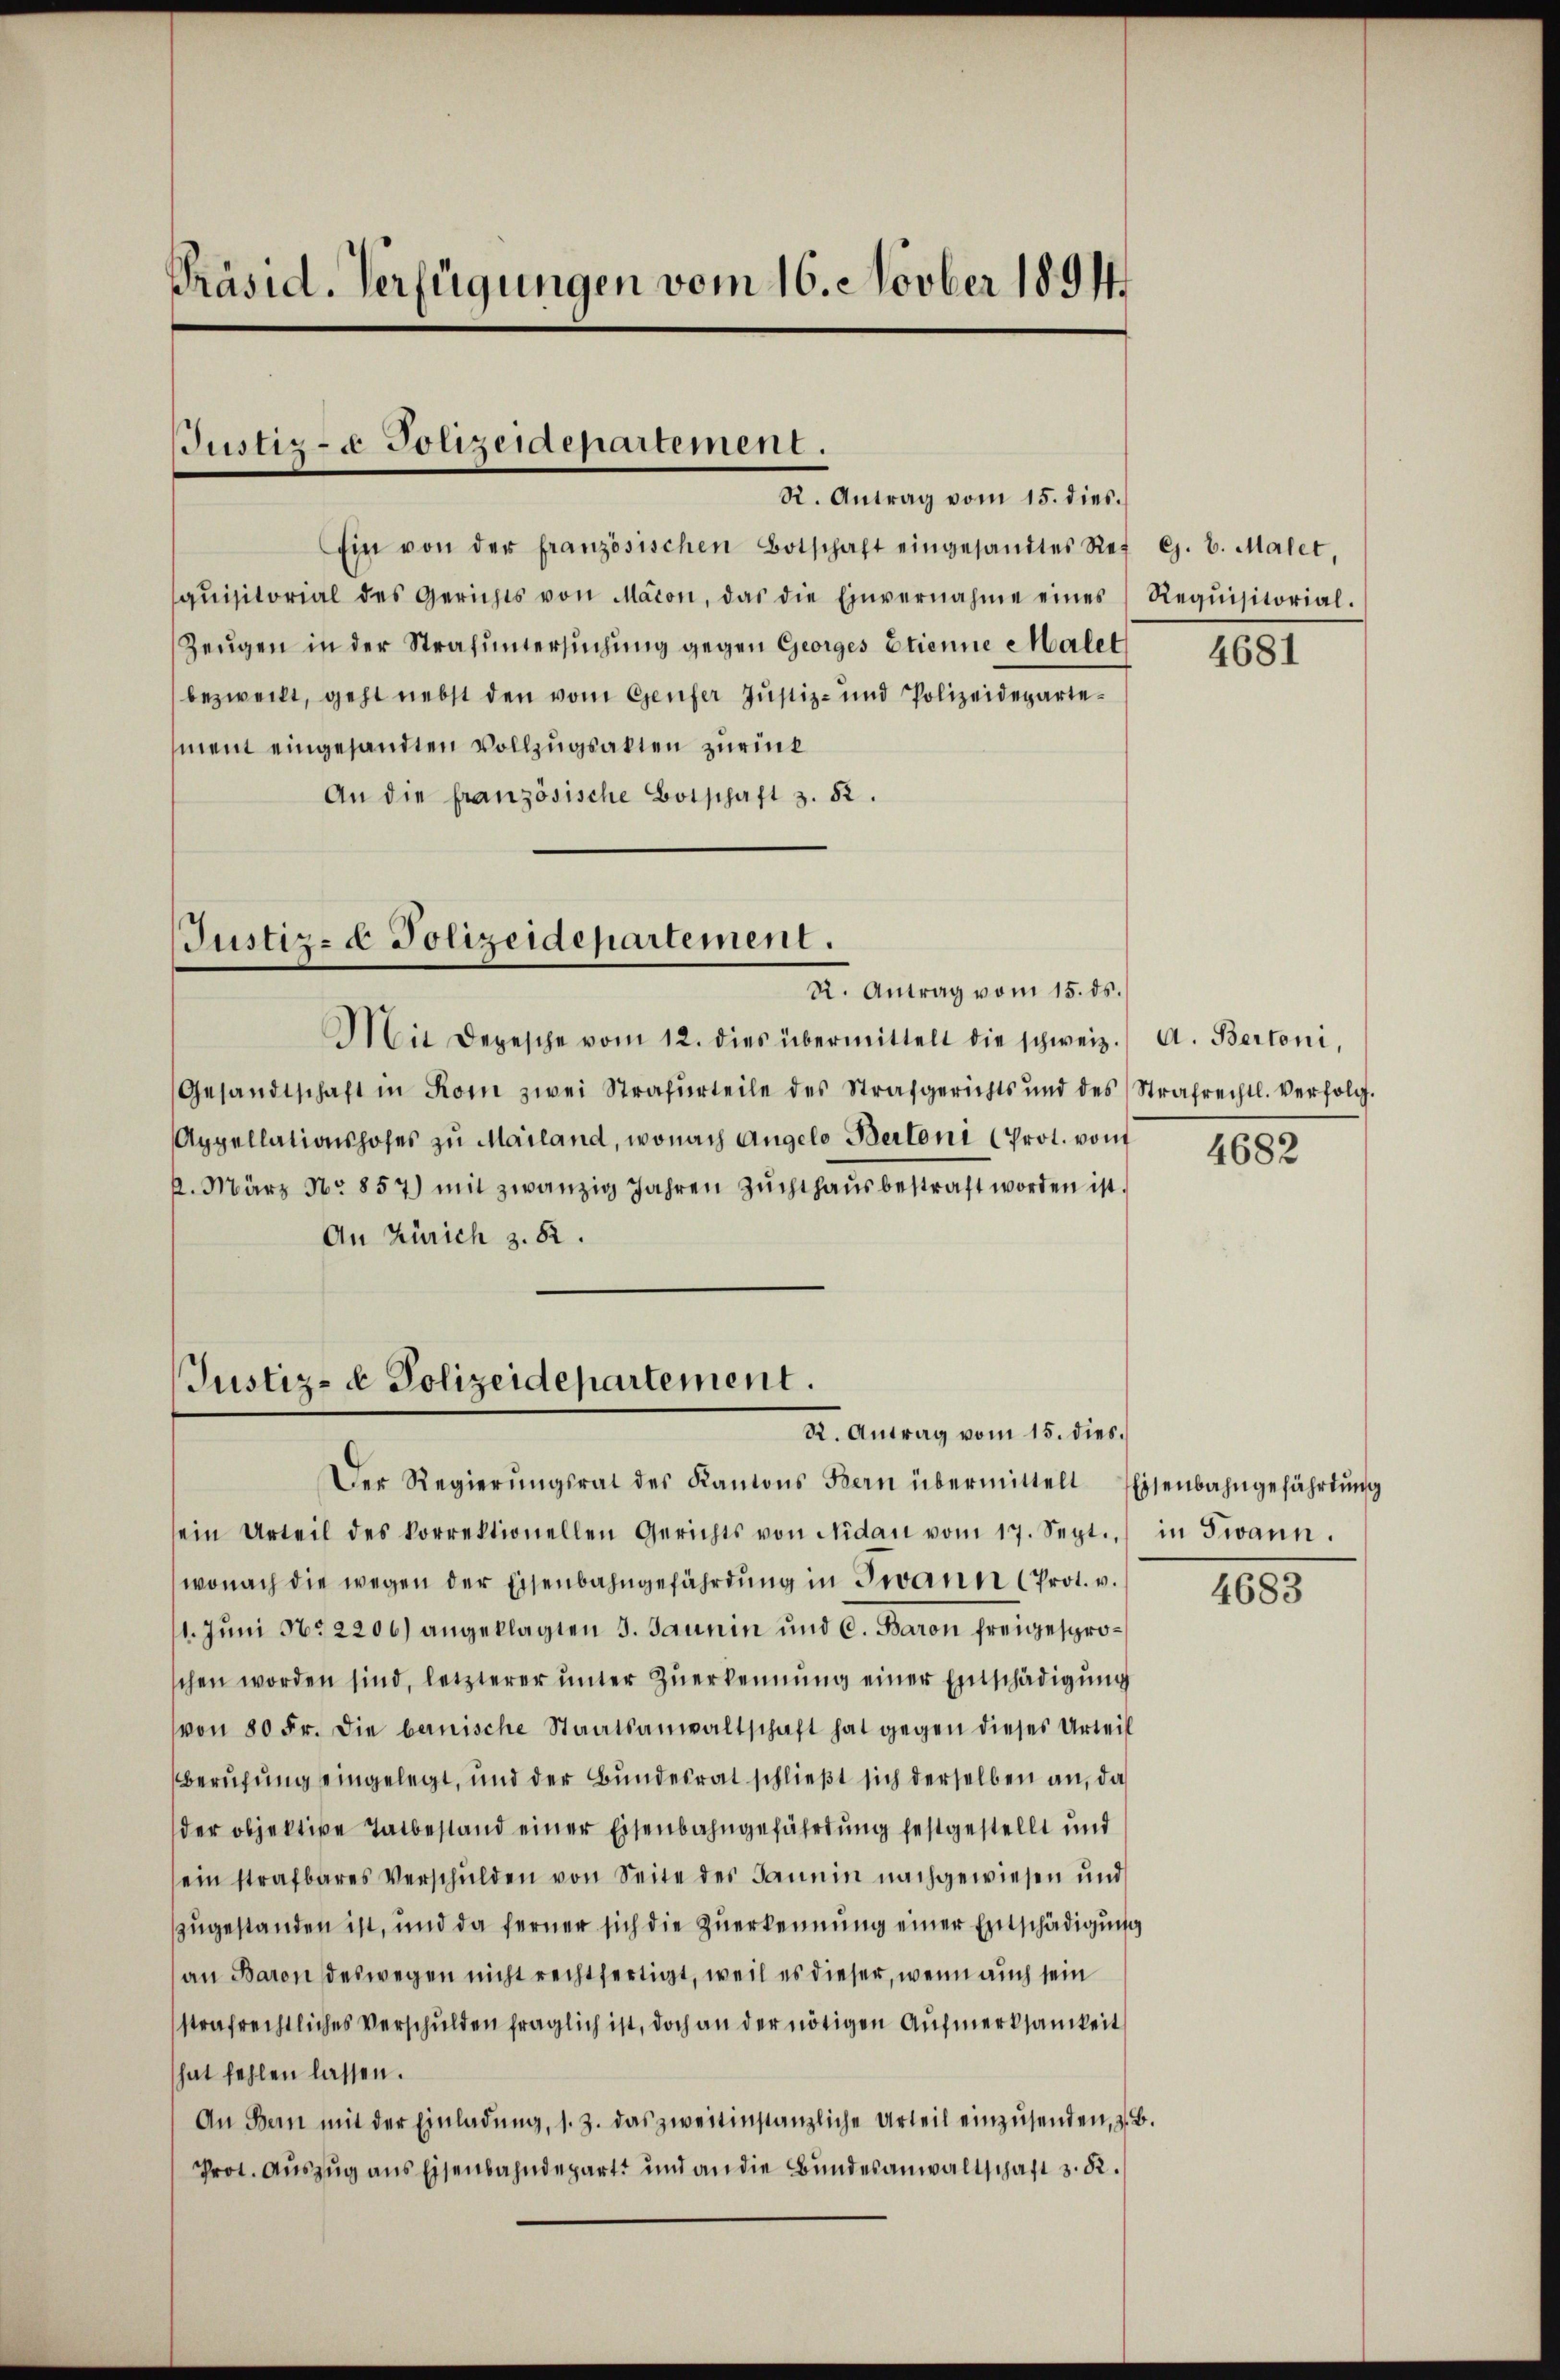
Präsid. Verfügungen vom 16. Novber 1891

Justiz- & Polizeidepartement.

Ein von der französischen Botschaft eingesandtes Ref G. B. Malet,
qŭisitorial des Gerichts von Maion, das die Einvernahme eines Requisitorial-
Zeugen in der Strafuntersuchung gegen Georges Etienne Malet
bezweckt, geht nebst den vom Genfer Justiz- und Polizeidepartement eingesandten Vollzugsakten zurück
An die französische Botschaft 3. 82.

Justiz- & Polizeidepartement.
R. Antrag vom 15. ds.

Mit Depesche vom 12. dies übermittelt die schweiz.
Gesandtschaft in Rom zwei Strafurteile des Strafgerichts und des Strafrechtl. Verfolg.
Appellationshofes zu Mailand, wonach Angelo Bertoni (Prot. von
k. März No 857) mit zwanzig Jahren Zuchthaus bestraft worden ist.
An Zürich z. 82.

Justiz- & Polizeidepartement.
R. Antrag vom 15. dies.

R. Antrag vom 15. dies.

Der Regierŭngsrat des Kantons Bern übermittelt
sein Urteil des korrektionellen Gerichts von Nidau vom 17. Sept., in Twann.
wonach die wegen der Eisenbahngefährdung in Twann (Prot. v.
1. Juni No 2206) angeklagten 3. Jaunin und C. Baron freigesproschen worden sind, letzterer unter Zuerkennung einer Einschädigung
(von 80 Fr. die benische Staatsanwaltschaft hat gegen dieses Urteil
Berufung eingelegt, und der Bundesrat schließt sich derselben an, da
der objektive Tatbestand einer Eisenbahngefährdung festgestellt und
ein strafbares Verschulden von Seite des Janein nachgewiesen und
zugestanden ist, und da ferner sich die Zuerkennung einer Entschädigung
an Baron deswegen nicht rechtfertigt, weil es dieser, wenn auch sein
strafrechtliches Verschulden fraglich ist, doch an der nötigen Aufmerksamkeit
hat fehlen lassen.
An Bern mit der Einladŭng, s. Z. das zweitinstanzliche Urteil einzŭsenden, z. B.
Prot. Auszug aus Eisenbahndepart und an die Bundesanwaltschaft d. 5.

4681

A. Bertoni,

4682

Eisenbahngefährtung

4683